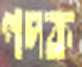
পদক